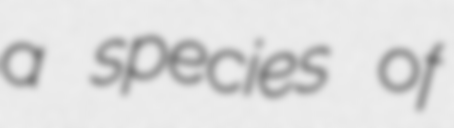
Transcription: a species of